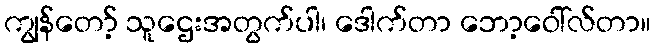
ကျွန်တော့် သူဌေးအတွက်ပါ၊ ဒေါက်တာ ဘော့ဝေါ်လ်တာ။